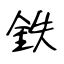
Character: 鉄